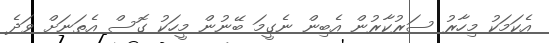
އެކަމަކު މިހާރު ސަރުކާރުން އެބިން ނެގީމަ ބޭނުން މީހަކު ގޮސް އެތަނަށް ވަދެ